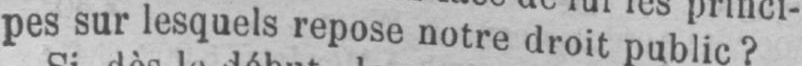
pes sur lesquels repose notre droit public?